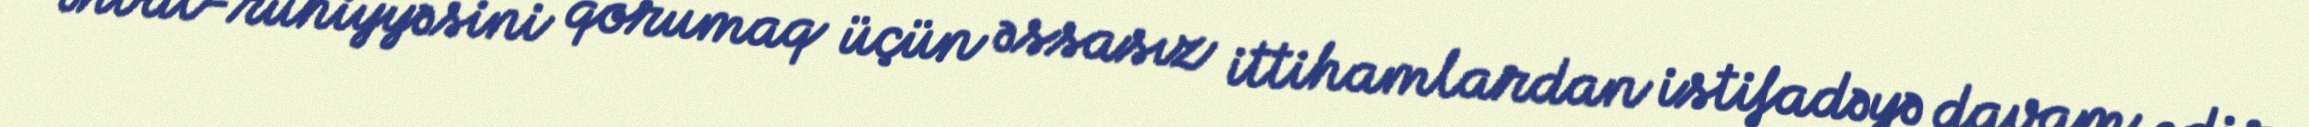
əhval-ruhiyyəsini qorumaq üçün əssasız ittihamlardan istifadəyə davam edir.